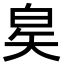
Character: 𬐇